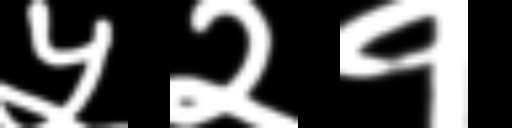
Text: ५२१